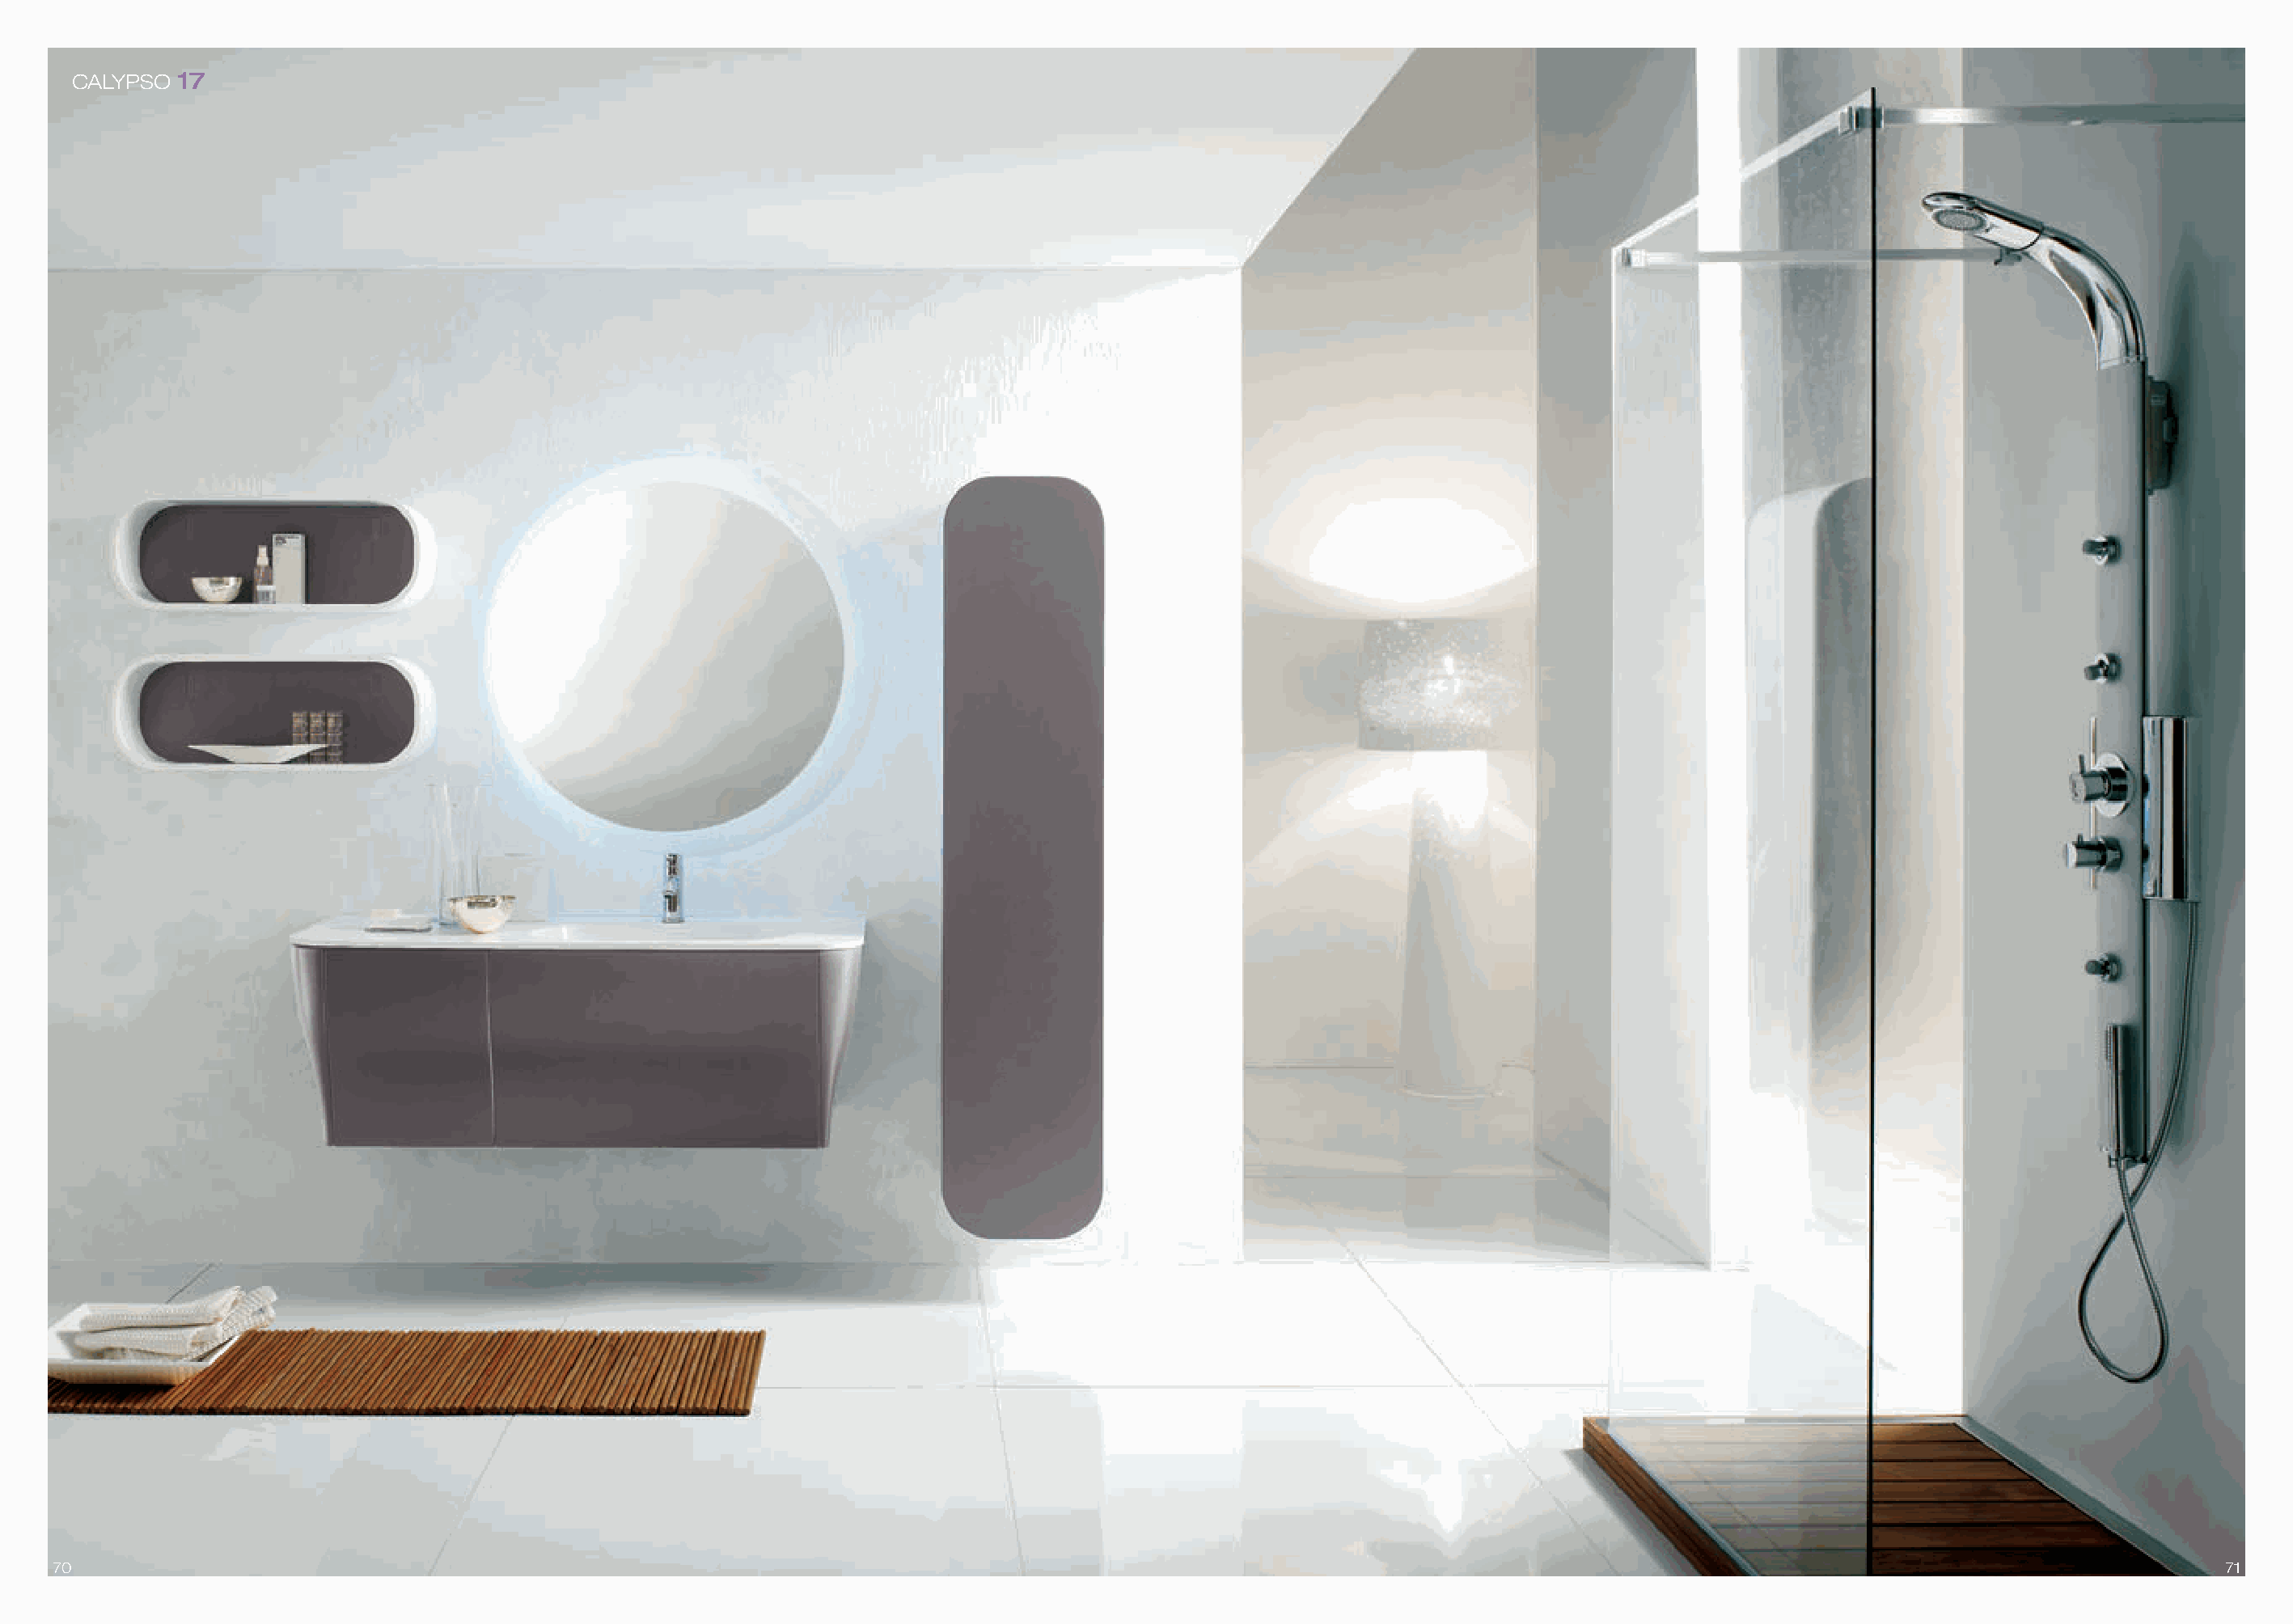
CALYPSO 17
 70                                                                                                                                                                                71